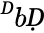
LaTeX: ^ḊbḌ